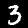
Digit: 3